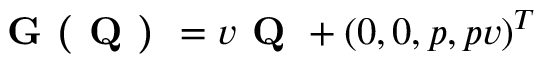
\textbf { G ( Q ) } = v \textbf { Q } + ( 0 , 0 , p , p v ) ^ { T }